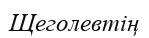
Щеголевтің